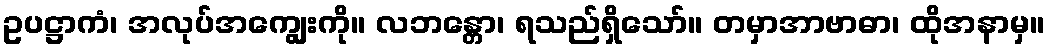
ဥပဋ္ဌာကံ၊ အလုပ်အကျွေးကို။ လဘန္တော၊ ရသည်ရှိသော်။ တမှာအာဗာဓာ၊ ထိုအနာမှ။